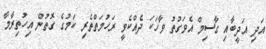
އަދި އަދީބާއި ގާސިމް އެވަގުތު ވާހަކަ ދެއްކެވީ ރަހުމަތްތެރި ކަމުގެ ގޮތުން އިހުތިރާމާ